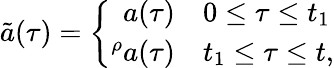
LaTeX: \tilde{a}(\tau)=\left\{ \begin{array}{rl}{{a(\tau)}}&{{0\leq\tau\leq t_{1}}}\\ {{{}^{\rho}a(\tau)}}&{{t_{1}\leq\tau\leq t,}}\end{array}\right.